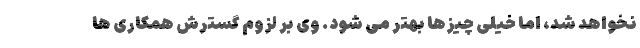
نخواهد شد، اما خیلی چیزها بهتر می شود. وی بر لزوم گسترش همکاری ها